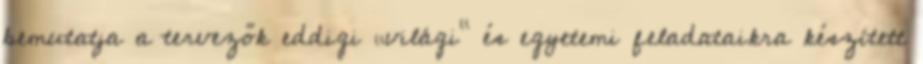
bemutatja a tervezők eddigi „világi” és egyetemi feladataikra készített